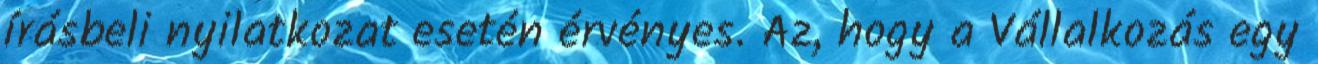
írásbeli nyilatkozat esetén érvényes. Az, hogy a Vállalkozás egy